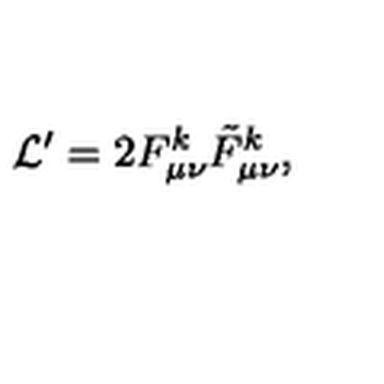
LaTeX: { \cal L } ^ { \prime } = 2 F _ { \mu \nu } ^ { k } \tilde { F } _ { \mu \nu } ^ { k } ,